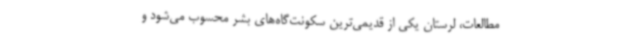
مطالعات، لرستان یکی از قدیمی‌ترین سکونت‌گاه‌های بشر محسوب می‌شود و